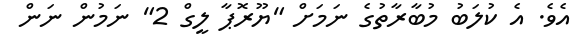
އެވެ. އެ ކުލަބު މުބާރާތުގެ ނަމަށް "ޔޫރޮޕާ ލީގް 2" ނަމުން ނަން